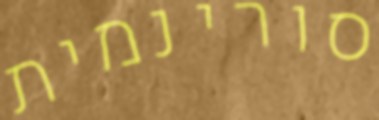
סורינמית